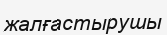
жалғастырушы